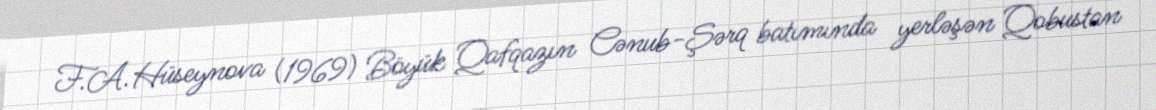
F.A.Hüseynova (1969) Böyük Qafqazın Cənub-Şərq batımında yerləşən Qobustan